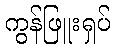
ကွန်ဖြူးရှပ်